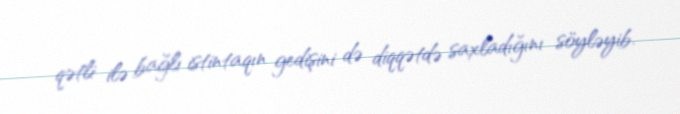
qətli ilə bağlı istintaqın gedişini də diqqətdə saxladığını söyləyib.